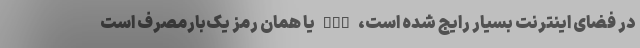
در فضای اینترنت بسیار رایج شده است، OTP یا همان رمز یک‌بارمصرف است